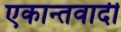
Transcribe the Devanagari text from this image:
एकान्तवादी